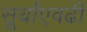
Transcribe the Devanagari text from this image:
सूर्यांएवढी